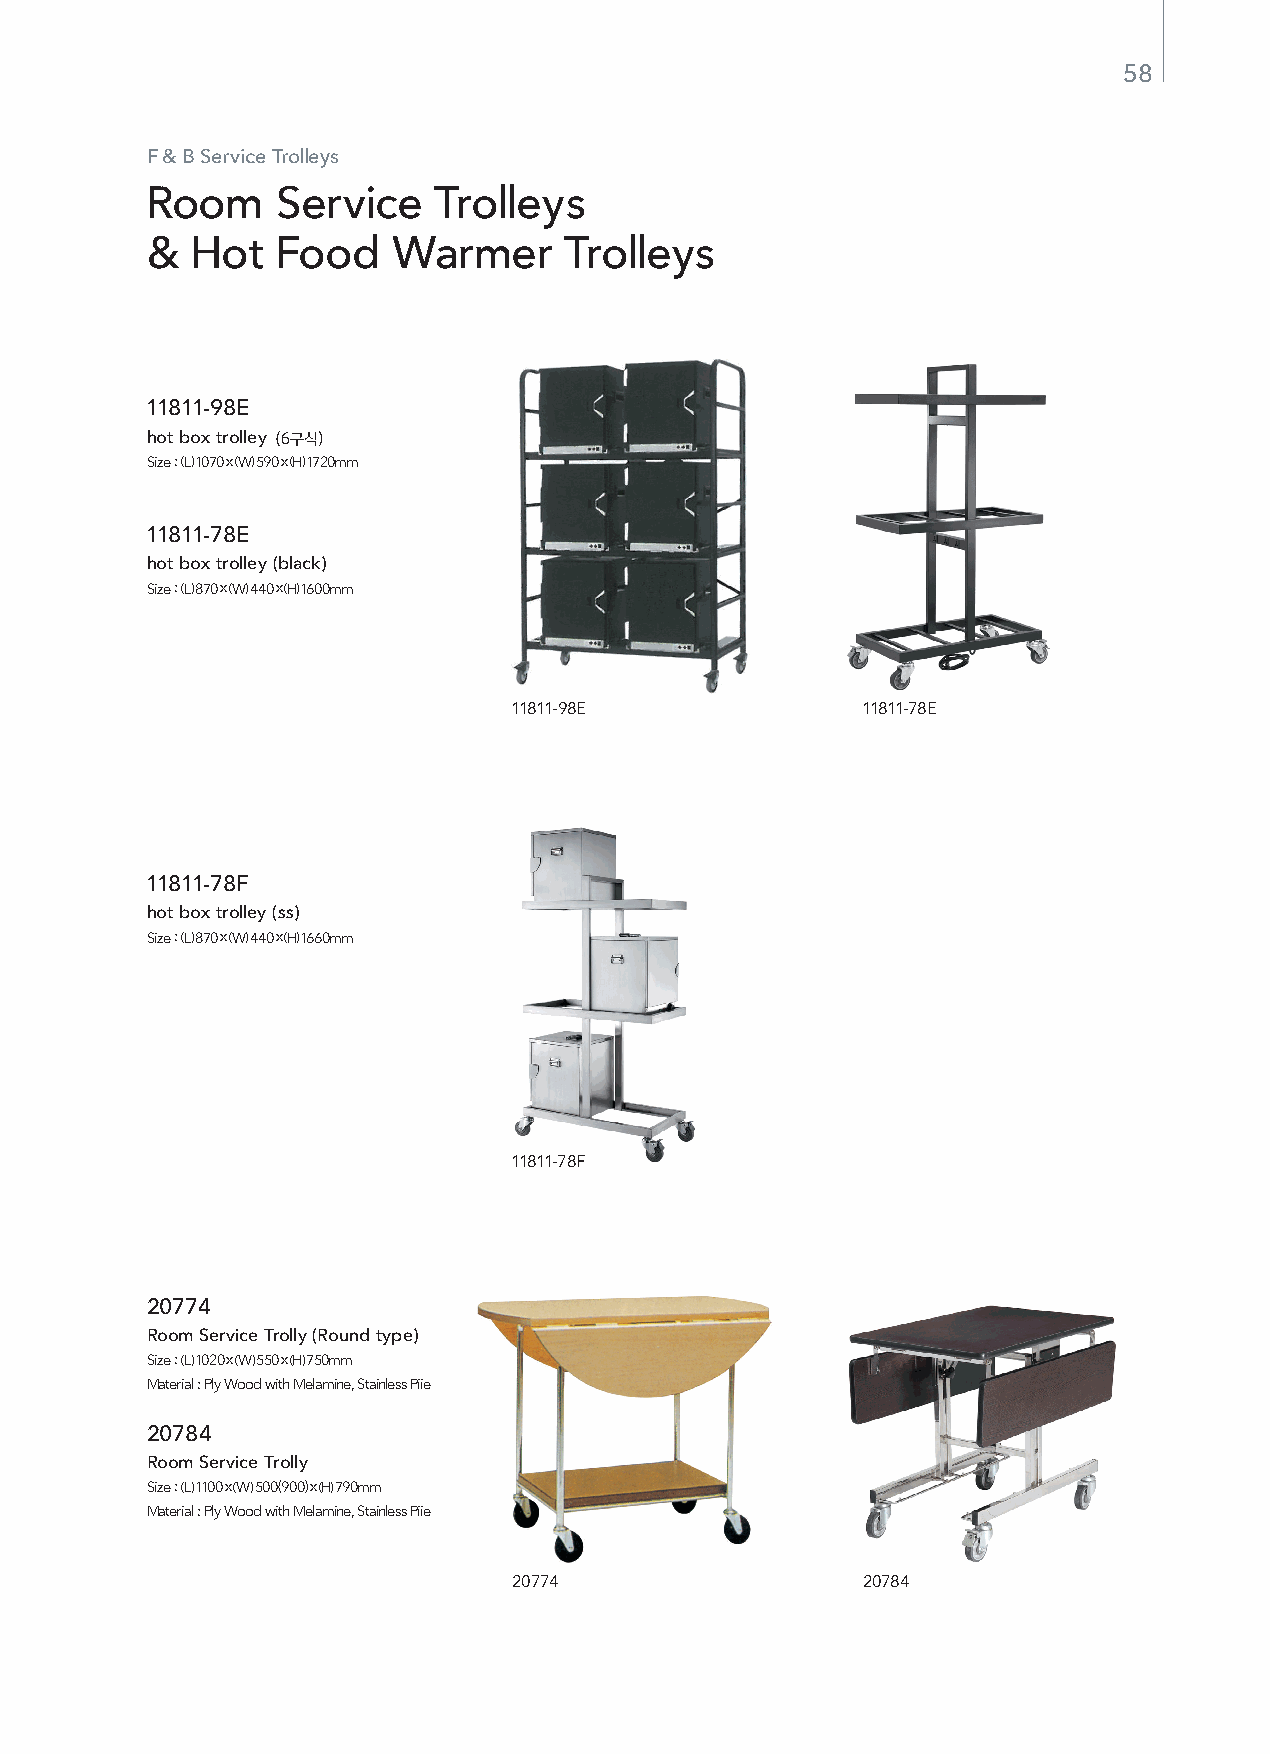
58
 F & B Service Trolleys
 Room    Service    Trolleys
 &  Hot  Food    Warmer     Trolleys
 11811-98E
 hot box trolley (6구식)
 Size : (L) 1070 x (W) 590 x (H) 1720mm
 11811-78E
 hot box trolley (black)
 Size : (L) 870 x (W) 440 x (H) 1600mm
 11811-98E              11811-78E
 11811-78F
 hot box trolley (ss)
 Size : (L) 870 x (W) 440 x (H) 1660mm
 11811-78F
 20774
 Room Service Trolly (Round type)
 Size : (L) 1020 x (W) 550 x (H) 750mm
 Material : Ply Wood with Melamine, Stainless Piie
 20784
 Room Service Trolly
 Size : (L) 1100 x (W) 500(900) x (H) 790mm
 Material : Ply Wood with Melamine, Stainless Piie
 20774                  20784